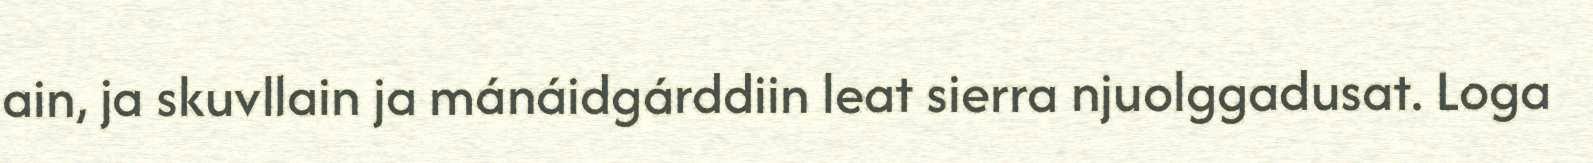
ain, ja skuvllain ja mánáidgárddiin leat sierra njuolggadusat. Loga